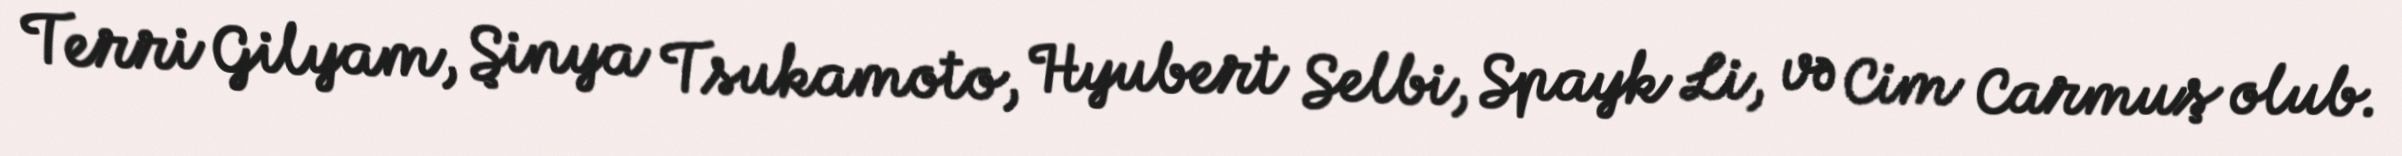
Terri Gilyam, Şinya Tsukamoto, Hyubert Selbi, Spayk Li, və Cim Carmuş olub.